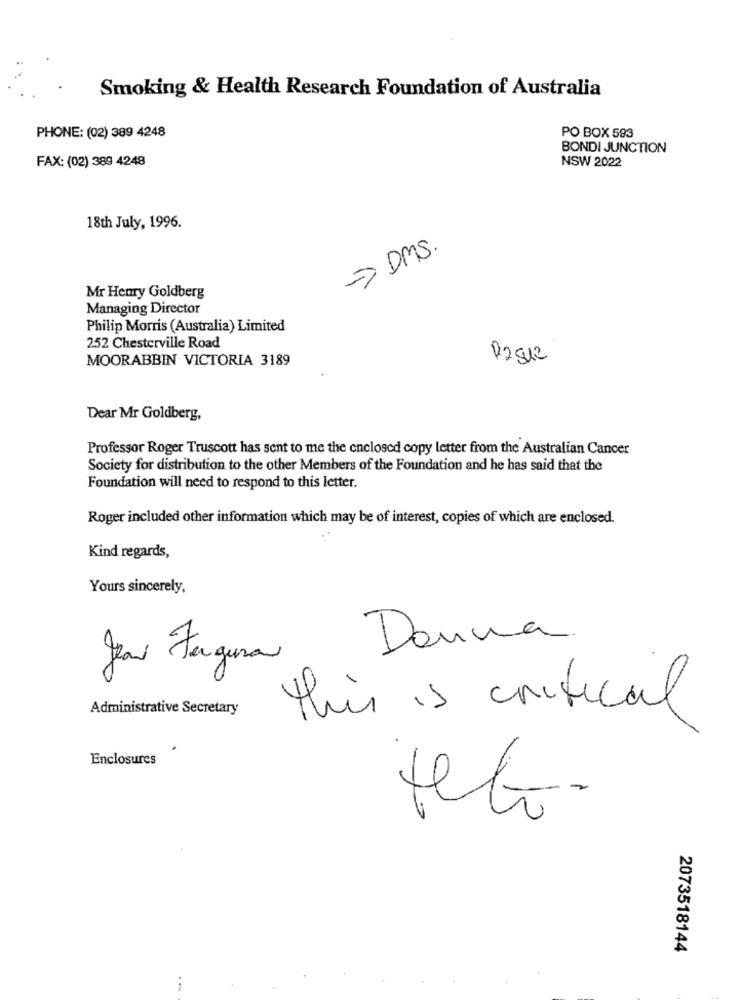
Smoking & Health Research Foundation of Australia
PHONE: (02) 389 4248
PO BOX 593
BONDI JUNCTION
FAX: (02) 389 4248
NSW 2022
18th July, 1996.
> DMS.
Mr Henry Goldberg
Managing Director
Philip Morris (Australia) Limited
252 Chesterville Road
MOORABBIN VICTORIA 3189
Dear Mr Goldberg,
Professor Roger Truscott has sent to me the enclosed copy letter from the Australian Cancer
Society for distribution to the other Members of the Foundation and he has said that the
Foundation will need to respond to this letter.
Roger included other information which may be of interest, copies of which are enclosed.
Kind regards,
Yours sincerely,
Donna
Jeni Fergura
Administrative Secretary
this is critical
Enclosures
feto.
2073518144